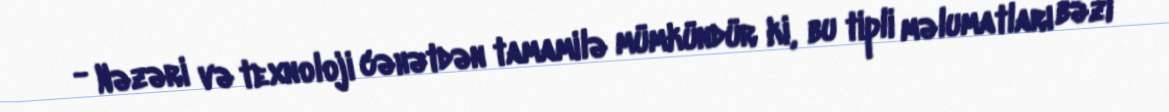
- Nəzəri və texnoloji cəhətdən tamamilə mümkündür ki, bu tipli məlumatları bəzi